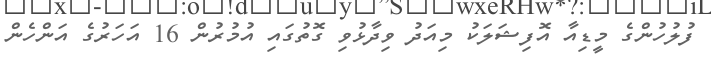
ފުލުހުންގެ މީޑިއާ އޮފިޝަލަކު މިއަދު ވިދާޅުވި ގޮތުގައި އުމުރުން 16 އަހަރުގެ އަންހެން